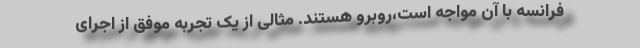
فرانسه با آن مواجه است،روبرو هستند. مثالی از یک تجربه موفق از اجرای